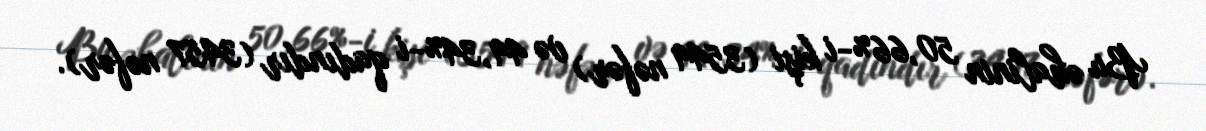
Bu əhalinin 50,66%-i kişi (3549 nəfər) və 49,34%-i qadındır (3457 nəfər).